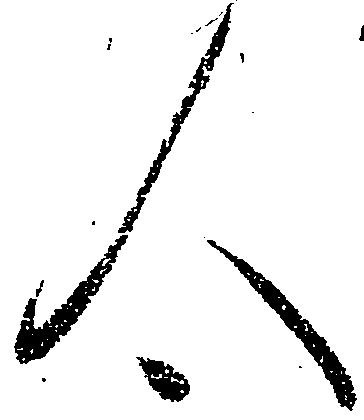
人